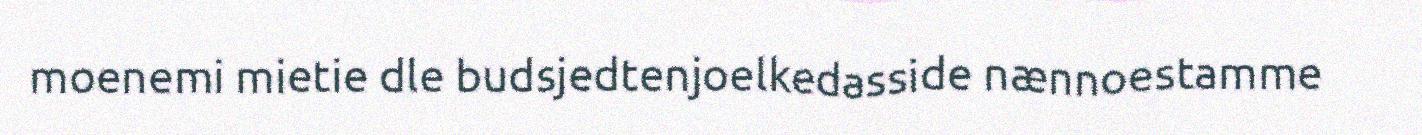
moenemi mietie dle budsjedtenjoelkedasside nænnoestamme